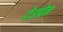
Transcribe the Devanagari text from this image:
देश्प्रेम